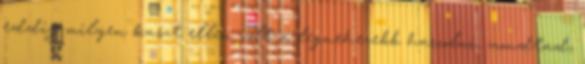
eddig milyen kaszt ellen volt a legnehezebb harcolni, mondtad,